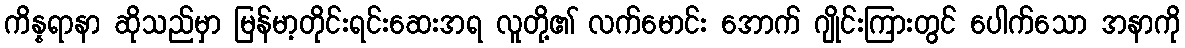
ကိန္နရာနာ ဆိုသည်မှာ မြန်မာ့တိုင်းရင်းဆေးအရ လူတို့၏ လက်မောင်း အောက် ဂျိုင်းကြားတွင် ပေါက်သော အနာကို